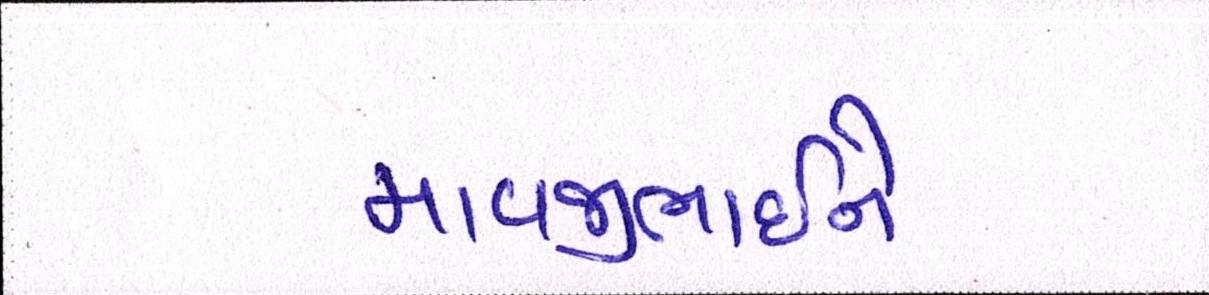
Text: માવજીભાઇને